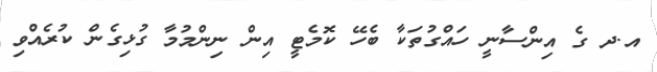
އ.ދ ގެ އިންސާނީ ހައްގުތަކާ ބެހޭ ކޮމެޓީ އިން ނިންމުމާ ގުޅިގެން ކުރެއްވި